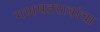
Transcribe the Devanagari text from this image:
गणपतरावांचा